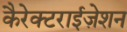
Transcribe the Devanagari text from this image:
कैरेक्टराईज़ेशन